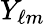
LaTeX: Y_{\ell m}